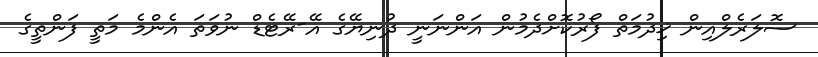
ސޮލަރެލްއިން ޚިދުމަތް ފޯރުކޮށްދެމުން އަންނަނީ ދުނިޔޭގެ އޭ-ރޭޓެޑް ނުވަތަ އެންމެ މަތީ ފަންތީގެ